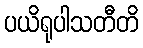
ပယိရုပါသတီတိ